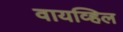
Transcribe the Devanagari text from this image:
वायव्हिल